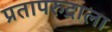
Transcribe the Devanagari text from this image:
प्रतापरुद्राला